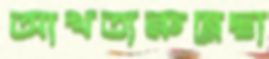
আখতারুন্নেছা